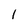
Character: l